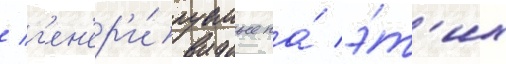
/ г'ен'ер'и́руемые на́ э́т'их